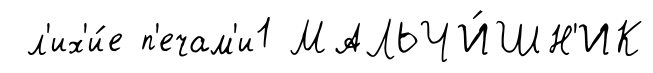
л'их'и́е п'ечам'и1 МАЛЬЧИ́ШН'ИК